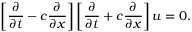
\left[ { \frac { \partial } { \partial t } } - c { \frac { \partial } { \partial x } } \right] \left[ { \frac { \partial } { \partial t } } + c { \frac { \partial } { \partial x } } \right] u = 0 .